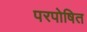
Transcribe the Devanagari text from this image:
परपोषित